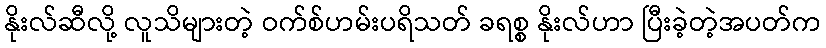
နိုးလ်ဆီလို့ လူသိများတဲ့ ဝက်စ်ဟမ်းပရိသတ် ခရစ္စ နိုးလ်ဟာ ပြီးခဲ့တဲ့အပတ်က